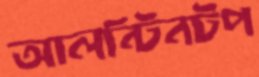
আলন্টিনটপ